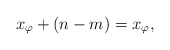
\begin{align*}x_\varphi+(n-m)=x_\varphi,\end{align*}